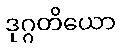
ဒုဂ္ဂတိယော